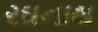
રઘનાથ